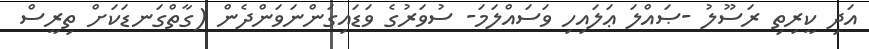
އަދި ކީރިތި ރަސޫލު -ޞައްލަ ޢަލައިހި ވަސައްލަމަ- ސުވަރުގެ ވަޑައިގަންނަވަންދެން (ގާތްގަނޑަކަށް ތިރީސް